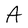
Character: A